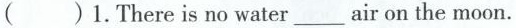
( )1.There is no water_air on the moon.